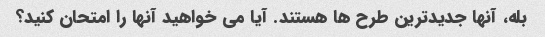
بله، آنها جدیدترین طرح ها هستند. آیا می خواهید آنها را امتحان کنید؟